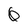
Character: 0